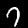
Digit: 7